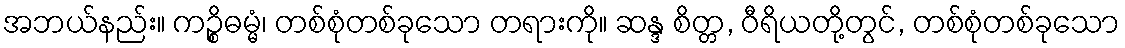
အဘယ်နည်း။ ကဉ္စိဓမ္မံ၊ တစ်စုံတစ်ခုသော တရားကို။ ဆန္ဒ စိတ္တ, ဝီရိယတို့တွင်, တစ်စုံတစ်ခုသော